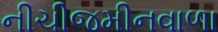
નીચીજમીનવાળા